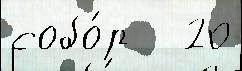
собо́р   20